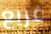
غريغ